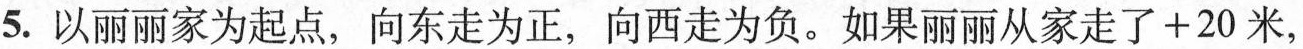
5.以丽丽家为起点，向东走为正，向西走为负。如果丽丽从家走了+20米，